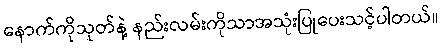
နောက်ကိုသုတ်နဲ့ နည်းလမ်းကိုသာအသုံးပြုပေးသင့်ပါတယ်။